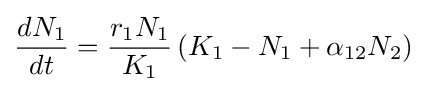
{\frac {dN_{1}}{dt}}={\frac {r_{1}N_{1}}{K_{1}}}\left(K_{1}-N_{1}+\alpha _{12}N_{2}\right)